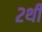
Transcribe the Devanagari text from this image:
२थी